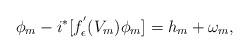
LaTeX: \begin{align*} \phi_m- i^*[ f_\epsilon^{'}(V_m)\phi_m]= h_m+\omega_m,\end{align*}